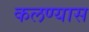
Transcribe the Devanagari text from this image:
कलण्यास